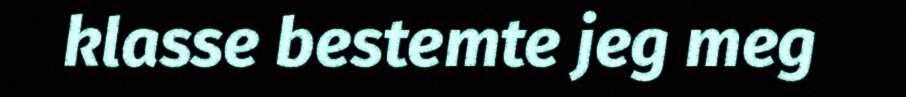
klasse bestemte jeg meg